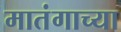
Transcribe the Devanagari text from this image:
मातंगाच्या